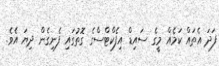
ފަދަ އެތައް ކަމެއް މީގެ ސައިޑް އިފެކްޓްސްގެ ގޮތުގައި ފެނިގެން ދިޔަ އެވެ.